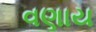
વણાય